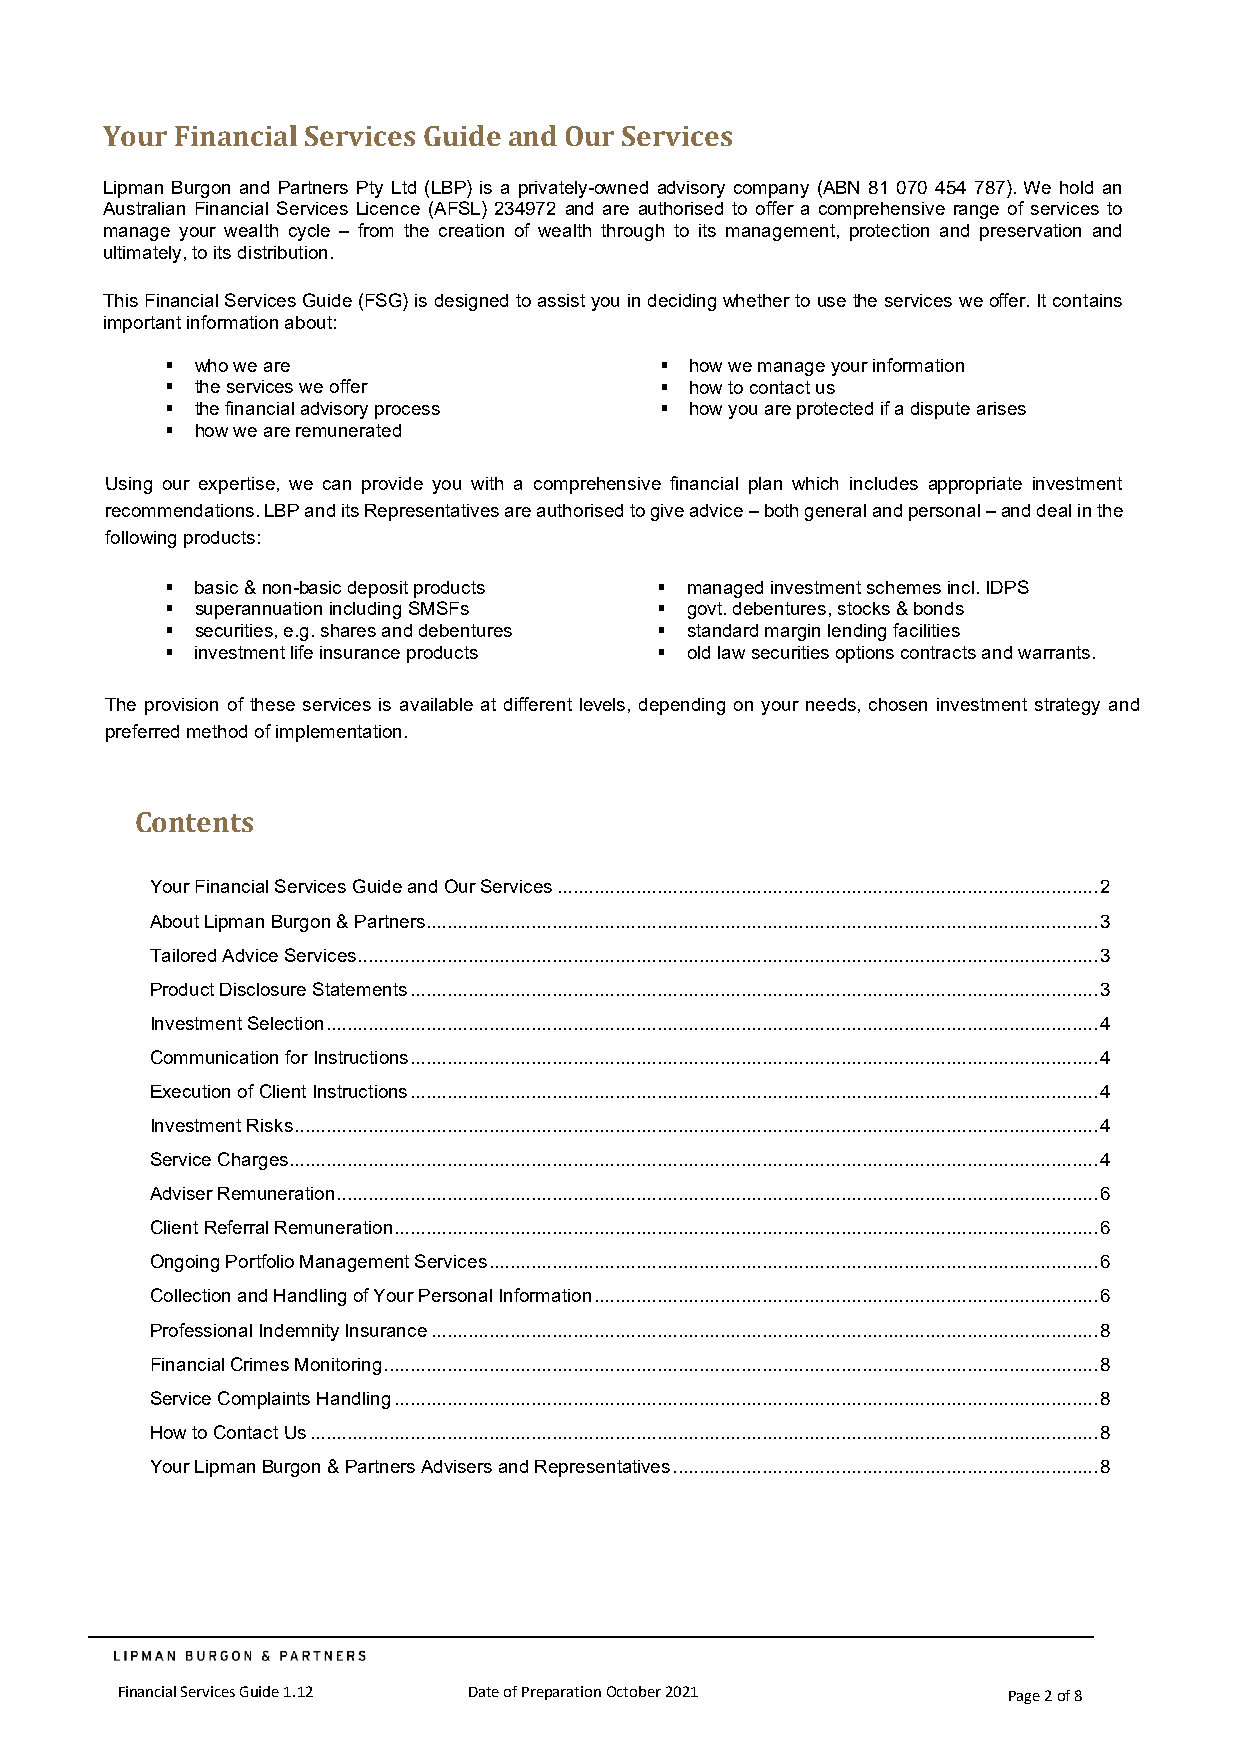
Your Financial Services Guide and Our Services
 Lipman Burgon and Partners Pty Ltd (LBP) is a privately-owned advisory company (ABN 81 070 454 787). We hold an
 Australian Financial Services Licence (AFSL) 234972 and are authorised to offer a comprehensive range of services to
 manage your wealth cycle – from the creation of wealth through to its management, protection and preservation and
 ultimately, to its distribution.
 This Financial Services Guide (FSG) is designed to assist you in deciding whether to use the services we offer. It contains
 important information about:
  who we are                      how we manage your information
  the services we offer           how to contact us
  the financial advisory process  how you are protected if a dispute arises
  how we are remunerated
 Using our expertise, we can provide you with a comprehensive financial plan which includes appropriate investment
 recommendations. LBP and its Representatives are authorised to give advice – both general and personal – and deal in the
 following products:
  basic & non-basic deposit products  managed investment schemes incl. IDPS
  superannuation including SMSFs  govt. debentures, stocks & bonds
  securities, e.g. shares and debentures  standard margin lending facilities
  investment life insurance products  old law securities options contracts and warrants.
 The provision of these services is available at different levels, depending on your needs, chosen investment strategy and
 preferred method of implementation.
 Contents
 Your Financial Services Guide and Our Services ....................................................................................................... 2
 About Lipman Burgon & Partners................................................................................................................................ 3
 Tailored Advice Services ............................................................................................................................................. 3
 Product Disclosure Statements ................................................................................................................................... 3
 Investment Selection ................................................................................................................................................... 4
 Communication for Instructions ................................................................................................................................... 4
 Execution of Client Instructions ................................................................................................................................... 4
 Investment Risks ......................................................................................................................................................... 4
 Service Charges .......................................................................................................................................................... 4
 Adviser Remuneration ................................................................................................................................................. 6
 Client Referral Remuneration ...................................................................................................................................... 6
 Ongoing Portfolio Management Services .................................................................................................................... 6
 Collection and Handling of Your Personal Information ................................................................................................ 6
 Professional Indemnity Insurance ............................................................................................................................... 8
 Financial Crimes Monitoring ........................................................................................................................................ 8
 Service Complaints Handling ...................................................................................................................................... 8
 How to Contact Us ...................................................................................................................................................... 8
 Your Lipman Burgon & Partners Advisers and Representatives ................................................................................. 8
 Financial Services Guide 1.12 Date of Preparation October 2021 Page 2 of 8